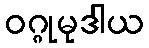
ဝဂ္ဂုမုဒါယ